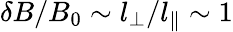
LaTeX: \delta B/B_{0}\sim l_{\perp}/l_{\parallel}\sim 1